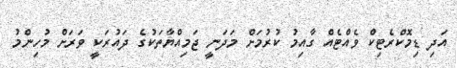
އަދި ޑިމޮކްރެޓިކް ވެއްޓެއް ގާއިމު ކުރުމަށް މަދަނީ ޖަމިއްޔާތަކުގެ ދައުރަކީ ވަރަށް މުހިންމު